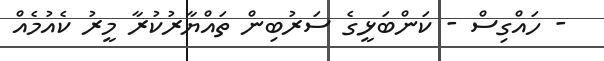
- ހައްގިސް - ކަންބަޅީގެ ސަރުބިން ތައްޔާރުކުރާ މީރު ކެއުމެއް